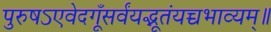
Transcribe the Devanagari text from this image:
पुरुषऽएवेदगूँसर्वंयद्भूतंयच्चभाव्यम्॥